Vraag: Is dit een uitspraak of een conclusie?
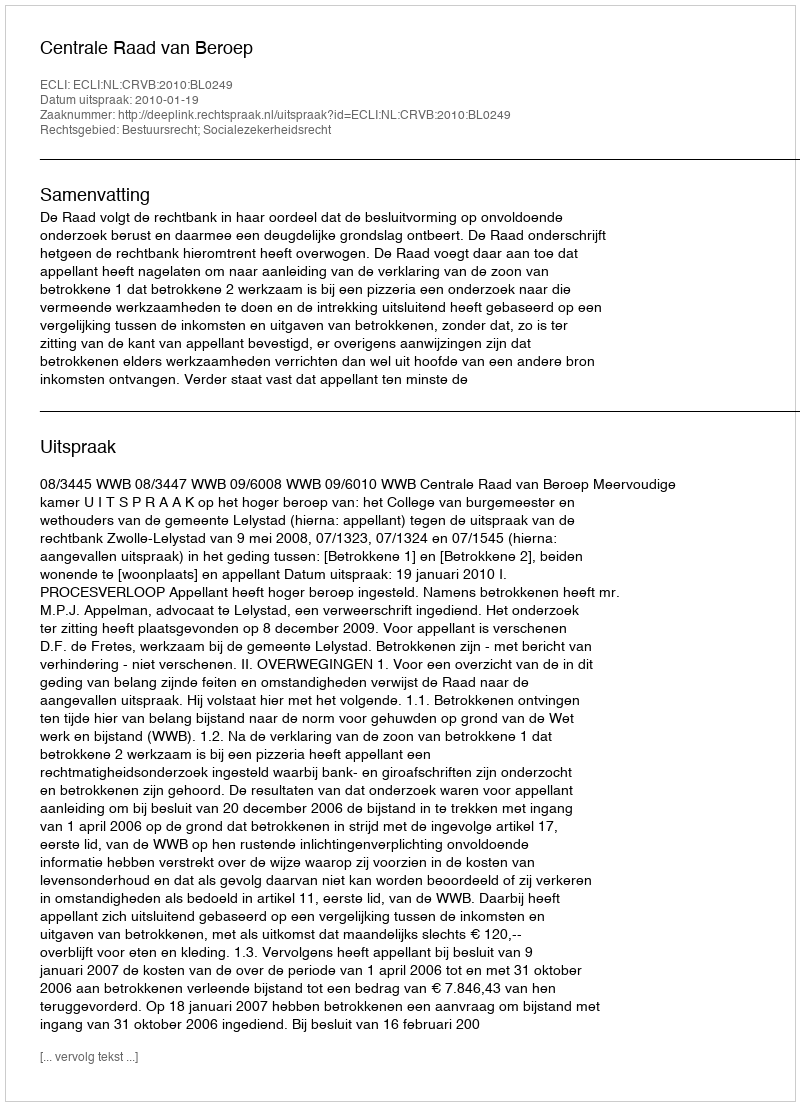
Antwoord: Uitspraak